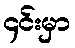
၄င်းမှာ